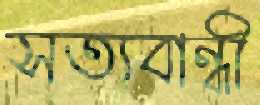
সত্যবান্ধী